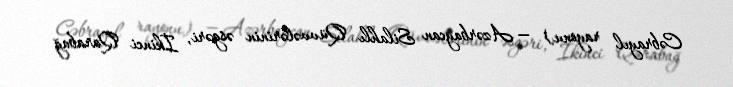
Cəbrayıl rayonu) — Azərbaycan Silahlı Qüvvələrinin əsgəri, İkinci Qarabağ